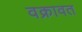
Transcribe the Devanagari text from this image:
वक्रावत